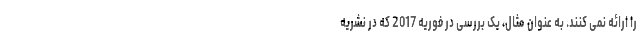
را ارائه نمی کنند. به عنوان مثال، یک بررسی در فوریه 2017 که در نشریه